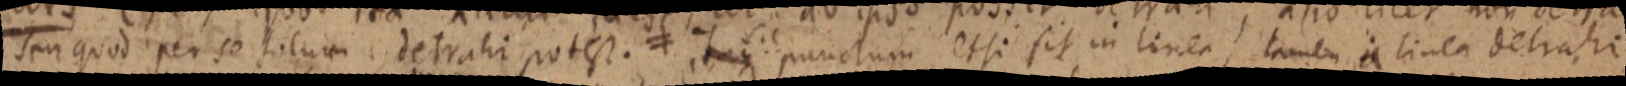
seu quod per se totum detrahi potest. ≠ itaque punctum et si sit in linea, tamen a linea detrahi